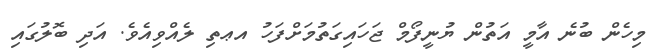
މިހެން ބުނެ އާމީ އަތުން ޔުނީފޯމް ޖަހައިގަތުމަށްފަހު އޢތި ލެއްވިއެވެ. އަދި ބޮލުގައި